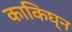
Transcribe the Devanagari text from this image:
काकिघ्न